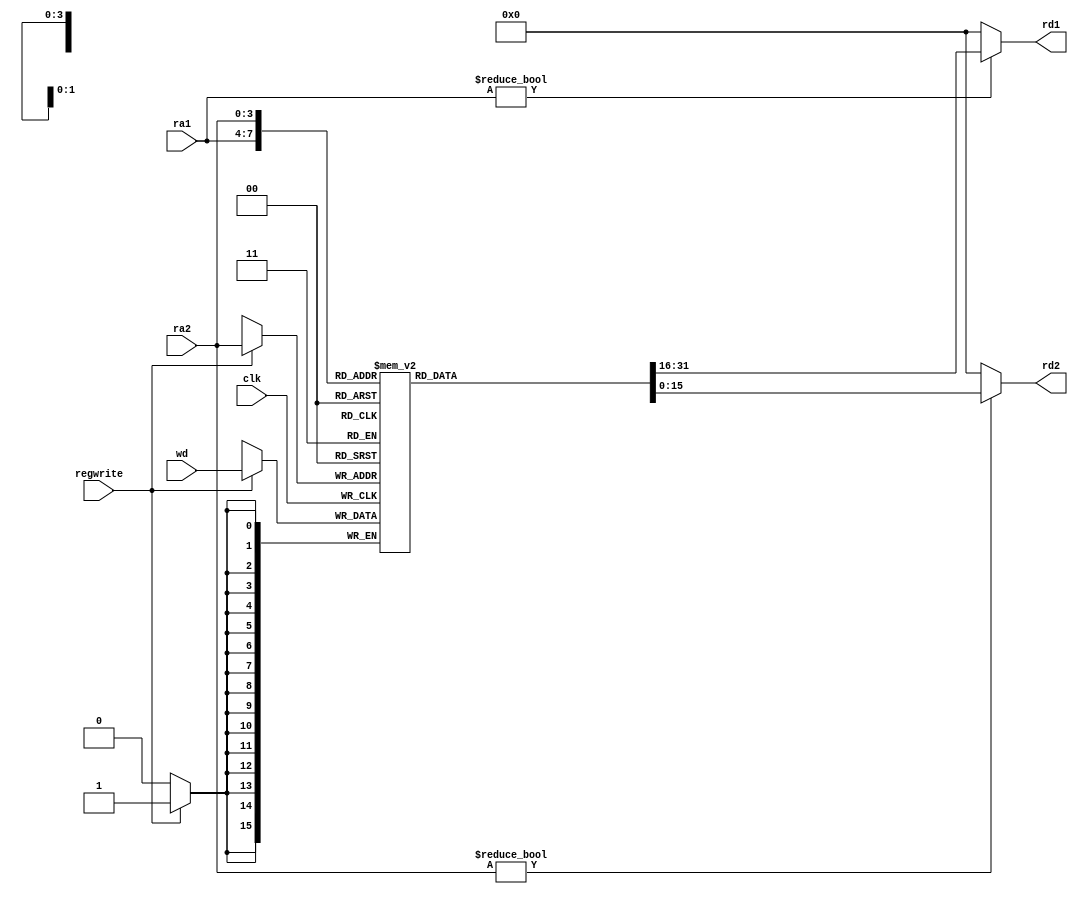
module regfile(clk, regwrite, ra1, ra2, wd, rd1, rd2);
	input clk, regwrite;
	input [3:0] ra1, ra2;// read register 1 & 2
	input [15:0] wd; // write data
	output [15:0] rd1, rd2; // read data 1 & 2
	
	reg [15:0] RAM [15:0];
	
	always@(posedge clk)
		if (regwrite)
			RAM[ra2] <= wd; // One of the read addresses is also the write address
	
	assign rd1 = ra1 ? RAM[ra1] : 16'b0;
	assign rd2 = ra2 ? RAM[ra2] : 16'b0;
endmodule